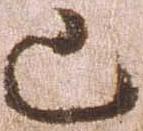
已